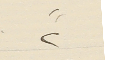
٢"